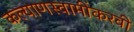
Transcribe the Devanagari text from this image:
कल्याणस्वामींकरवी